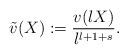
LaTeX: \begin{align*}\tilde{v}(X) := \frac{v(\l X)}{\l^{l+1+s}}.\end{align*}